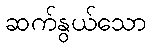
ဆက်နွယ်သော